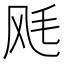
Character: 𲋏